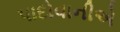
પાદોવાનીએ